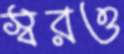
স্বরও